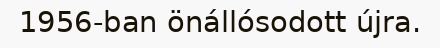
1956-ban önállósodott újra.